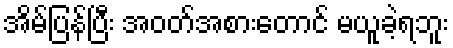
အိမ်ပြန်ပြီး အဝတ်အစားတောင် မယူခဲ့ရဘူး